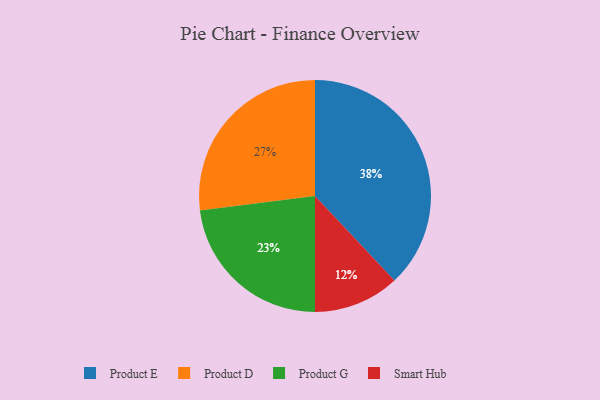
{"axis": {"x": "Category", "y": "Percentage"}, "legend": ["Product D", "Product E", "Product G", "Smart Hub"], "data": [{"x": "Smart Hub", "y": 12, "type": "Smart Hub"}, {"x": "Product G", "y": 23, "type": "Product G"}, {"x": "Product D", "y": 27, "type": "Product D"}, {"x": "Product E", "y": 38, "type": "Product E"}]}